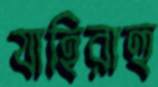
যাহিরাহু